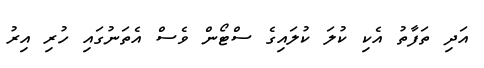
އަދި ތަފާތު އެކި ކުލަ ކުލައިގެ ސްޓޯން ވެސް އެތަނުގައި ހުރި އިރު